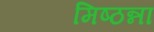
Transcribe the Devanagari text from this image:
मिष्ठन्ना